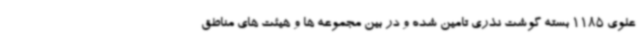
علوی 1185 بسته گوشت نذری تامین شده و در بین مجموعه ها و هیئت های مناطق